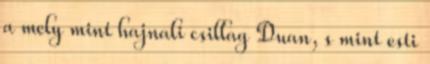
a mely mint hajnali csillag Duan, s mint esti